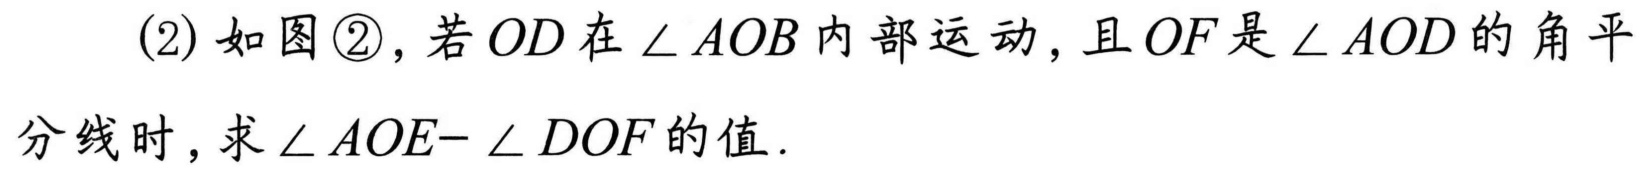
(2) 如图\textcircled{2}，若$OD$在$\angle AOB$内部运动，且$OF$是$\angle AOD$的角平
分线时，求$\angle AOE - \angle DOF$的值.